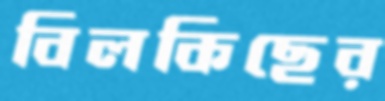
বিলকিছের